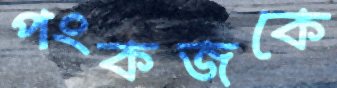
পংকজকে